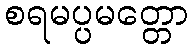
စရမပ္ပမတ္တော